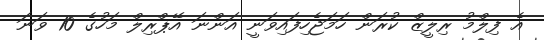
އެ ފިލްމު ރިލީޒް ކުރަން ހަމަޖެހިފައިވަނީ އަންނަ އޭޕްރިލް މަހުގެ 10 ވަނަ